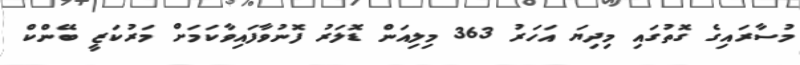
މުސާރައިގެ ގޮތުގައި މިދިޔަ އަހަރު 363 މިލިއަން ޑޮލަރު ފޮނުވާފައިވާކަމަށް މަރުކަޒީ ބޭންކް